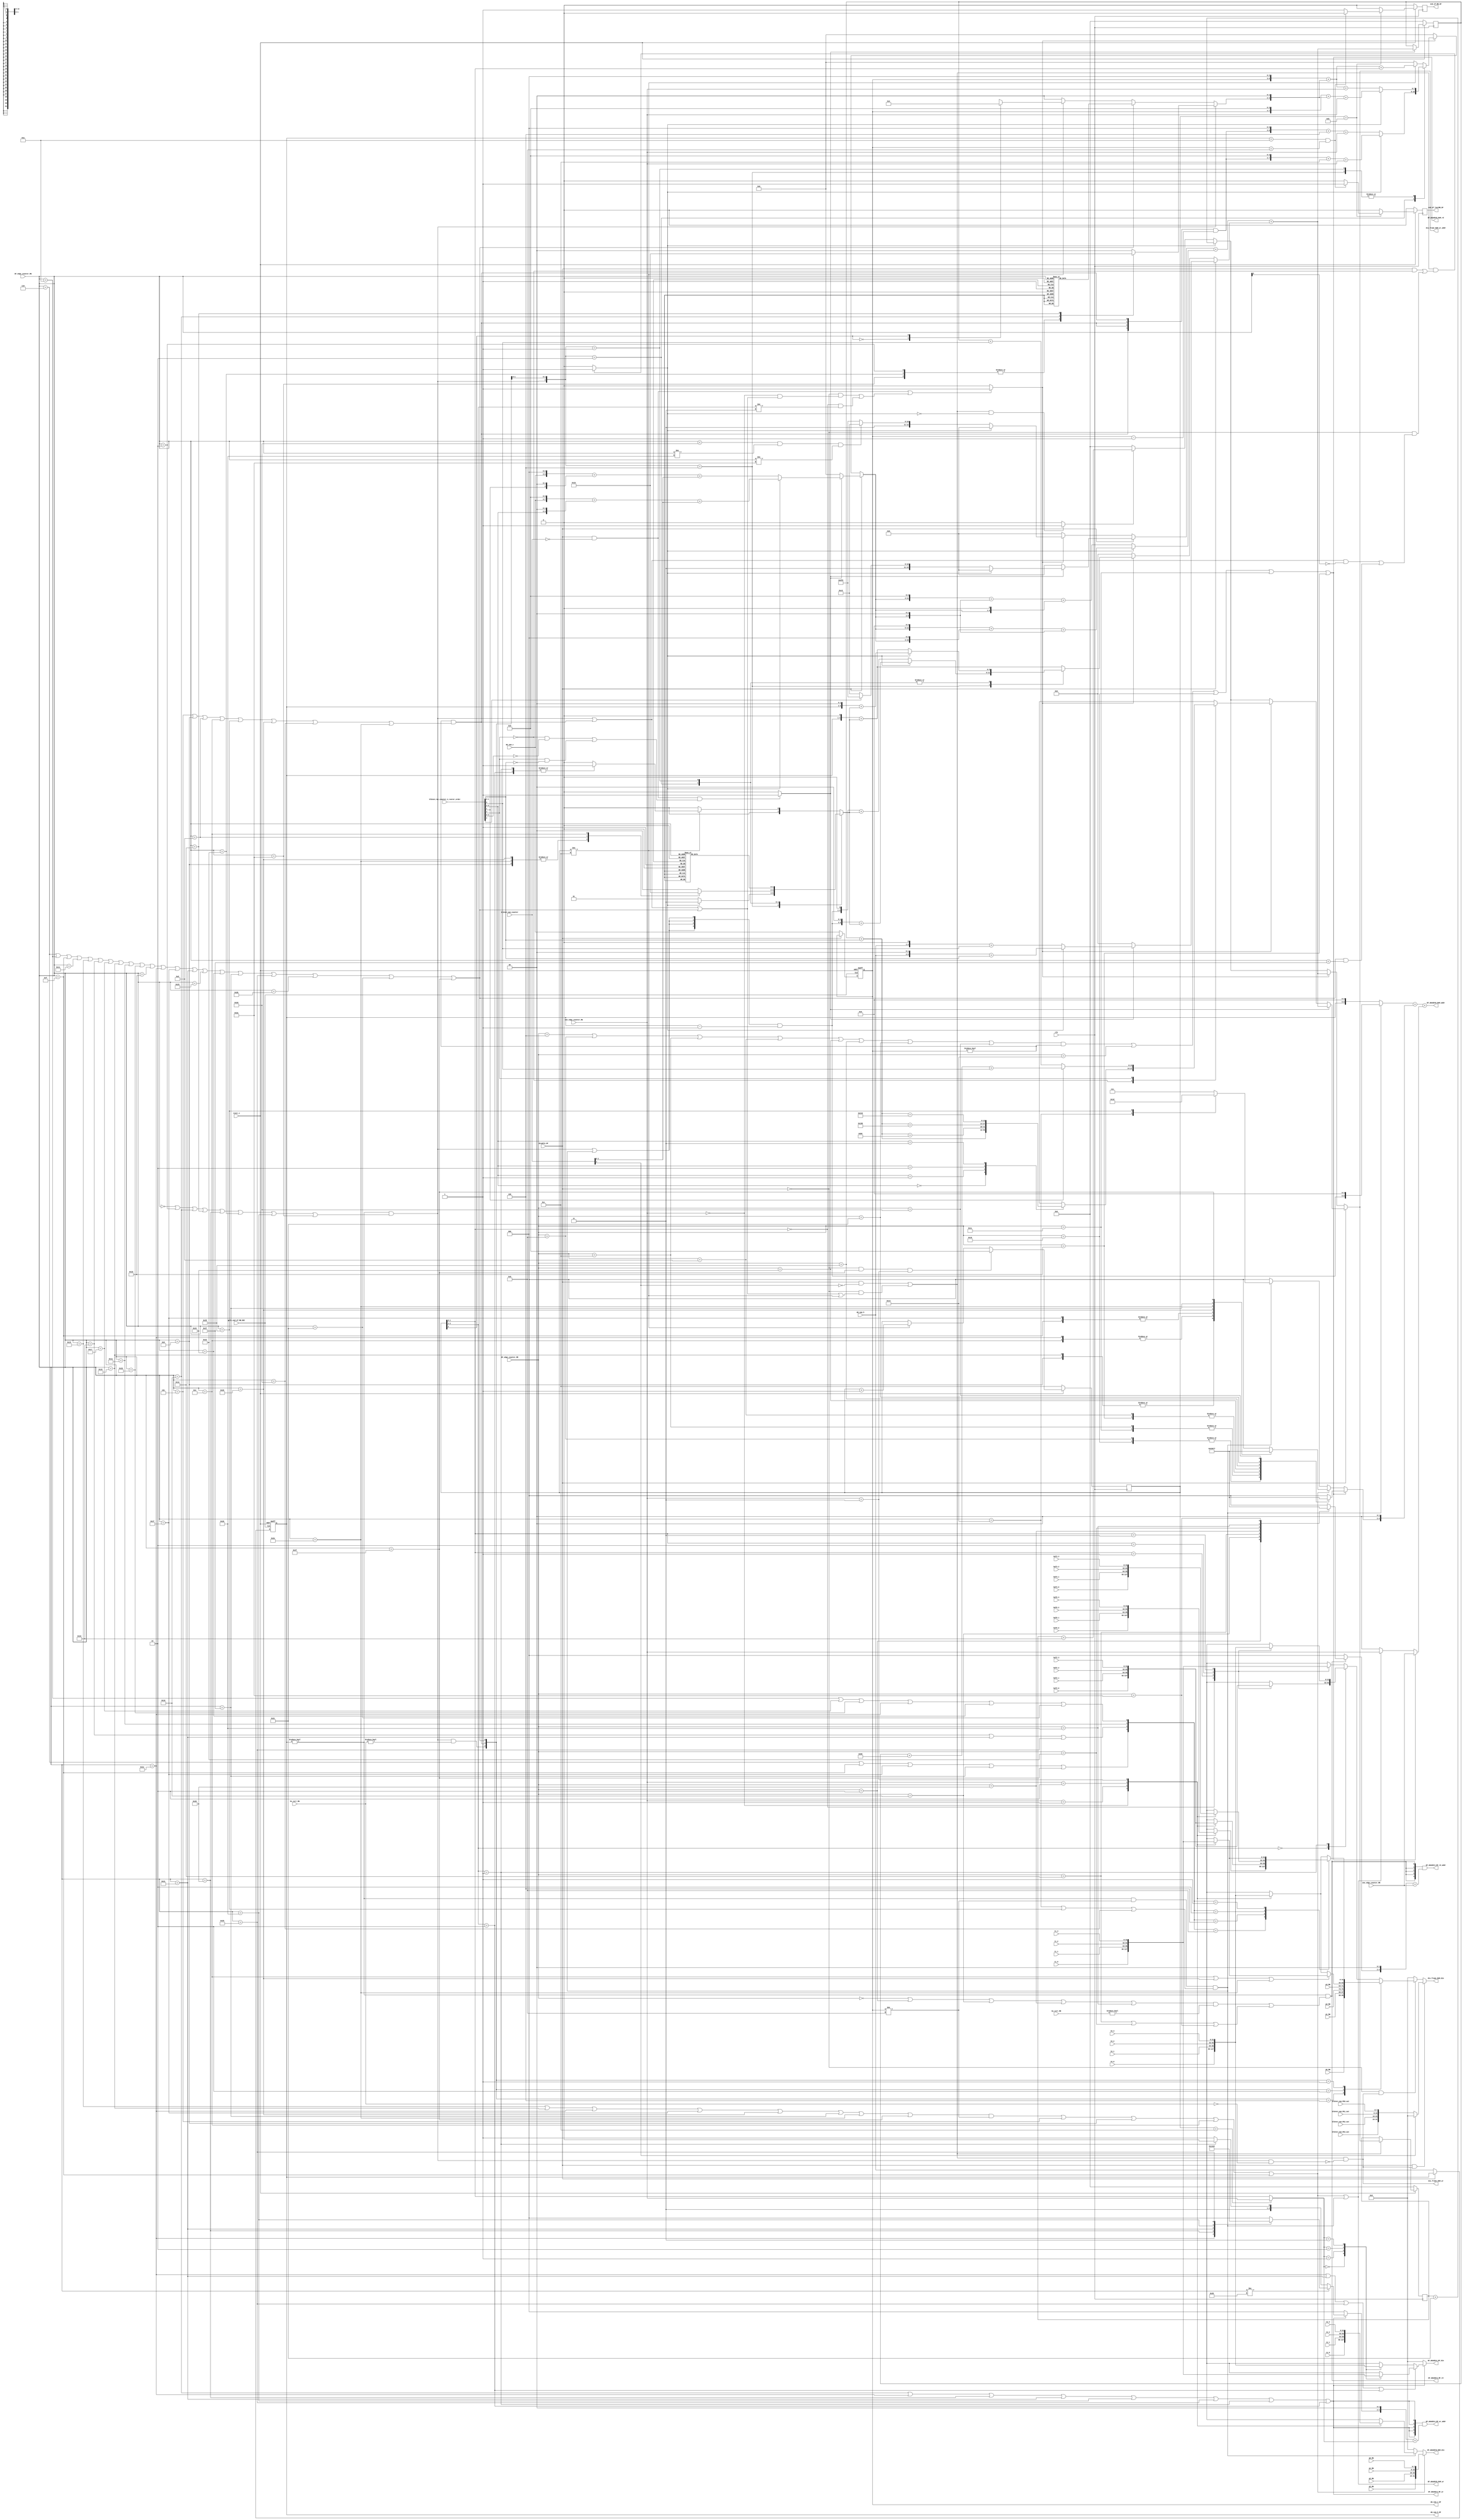
module DF_mem_ctrl (clk,reset_n,gclk_end_of_MB_DEC,disable_DF,mb_num_h,mb_num_v,
	bs_curr_MR,bs_curr_MW,blk4x4_sum_counter,blk4x4_rec_counter_2_raster_order,
	DF_edge_counter_MR,DF_edge_counter_MW,one_edge_counter_MR,one_edge_counter_MW,
	blk4x4_sum_PE0_out,blk4x4_sum_PE1_out,blk4x4_sum_PE2_out,blk4x4_sum_PE3_out,
	p3_MW,p2_MW,p1_MW,p0_MW,q3_MW,q2_MW,q1_MW,q0_MW,
	buf0_0,buf0_1,buf0_2,buf0_3,
	buf2_0,buf2_1,buf2_2,buf2_3,buf3_0,buf3_1,buf3_2,buf3_3,
	t0_0,t0_1,t0_2,t0_3,t1_0,t1_1,t1_2,t1_3,t2_0,t2_1,t2_2,t2_3,
	
	mb_num_h_DF,mb_num_v_DF,end_of_MB_DF,end_of_lastMB_DF,
	DF_mbAddrA_RF_rd,DF_mbAddrA_RF_wr,DF_mbAddrA_RF_rd_addr,DF_mbAddrA_RF_wr_addr,DF_mbAddrA_RF_din,
	DF_mbAddrB_RAM_rd,DF_mbAddrB_RAM_wr,DF_mbAddrB_RAM_addr,DF_mbAddrB_RAM_din,
	dis_frame_RAM_wr,dis_frame_RAM_wr_addr,dis_frame_RAM_din);
	input clk,reset_n;
	input disable_DF;
	input gclk_end_of_MB_DEC;
	input [3:0] mb_num_h;
	input [3:0] mb_num_v;
	input [2:0] bs_curr_MR,bs_curr_MW;
	input [2:0] blk4x4_sum_counter;
	input [4:0] blk4x4_rec_counter_2_raster_order;
	input [5:0] DF_edge_counter_MR,DF_edge_counter_MW;
	input [1:0]	one_edge_counter_MR,one_edge_counter_MW;
	input [7:0] blk4x4_sum_PE0_out,blk4x4_sum_PE1_out,blk4x4_sum_PE2_out,blk4x4_sum_PE3_out;
	input [7:0] p3_MW,p2_MW,p1_MW,p0_MW;
	input [7:0] q3_MW,q2_MW,q1_MW,q0_MW;
	input [31:0] buf0_0,buf0_1,buf0_2,buf0_3;
	input [31:0] buf2_0,buf2_1,buf2_2,buf2_3;
	input [31:0] buf3_0,buf3_1,buf3_2,buf3_3;
	input [31:0] t0_0,t0_1,t0_2,t0_3;
	input [31:0] t1_0,t1_1,t1_2,t1_3;
	input [31:0] t2_0,t2_1,t2_2,t2_3;
	
	output [3:0] mb_num_h_DF;
	output [3:0] mb_num_v_DF;
	output end_of_MB_DF; 
	output end_of_lastMB_DF;
	output DF_mbAddrA_RF_rd;
	output DF_mbAddrA_RF_wr;
	output [4:0] DF_mbAddrA_RF_rd_addr;
	output [4:0] DF_mbAddrA_RF_wr_addr;
	output [31:0] DF_mbAddrA_RF_din;
	
	output DF_mbAddrB_RAM_rd;
	output DF_mbAddrB_RAM_wr;
	output [8:0] DF_mbAddrB_RAM_addr;
	output [31:0] DF_mbAddrB_RAM_din;
	
	output dis_frame_RAM_wr;
	output [13:0] dis_frame_RAM_wr_addr;
	output [31:0] dis_frame_RAM_din;
	
	wire Is_mbAddrA_wr;
	wire Is_mbAddrA_real_wr;
	wire Is_mbAddrA_virtual_wr;
	wire Is_mbAddrB_wr;
	wire Is_currMB_wr;
	wire Is_12cycles_wr;
	wire dis_frame_RAM_wr_tmp;
	
	reg [3:0] mb_num_h_DF;
	reg [3:0] mb_num_v_DF;
	always @ (posedge gclk_end_of_MB_DEC or negedge reset_n)
		if (reset_n == 1'b0)
			begin	mb_num_h_DF <= 0;			mb_num_v_DF <= 0;			end
		else if (!disable_DF)
			begin	mb_num_h_DF <= mb_num_h;	mb_num_v_DF <= mb_num_v;	end
		
	
	reg [3:0] DF_12_cycles; 
	always @ (posedge clk)
		if (reset_n == 1'b0)
			DF_12_cycles <= 4'd12;
		else if (!disable_DF && DF_edge_counter_MW == 6'd47 && one_edge_counter_MW == 2'd3)
			DF_12_cycles <= 0;
		else if (DF_12_cycles != 4'd12)
			DF_12_cycles <= DF_12_cycles + 1;
	
	reg end_of_MB_DF;
	reg end_of_lastMB_DF;//end of MB_DF of 98th MB of one frame.Does not need to rise MB_rec_DF_align since there is only
                       //DF and no reconstruction.So dispart end_of_lastMB_DF from end_of_MB_DF
							
	always @ (posedge clk)
		if (reset_n == 1'b0)
			begin
				end_of_MB_DF 	 <= 1'b0;
				end_of_lastMB_DF <= 1'b0;
			end	
		else if (DF_12_cycles == 4'd11)
			begin
				end_of_MB_DF 	   <= (!(mb_num_h_DF == 10 && mb_num_v_DF == 8))? 1'b1:1'b0;
				end_of_lastMB_DF <=   (mb_num_h_DF == 10 && mb_num_v_DF == 8)?  1'b1:1'b0;
			end
		else
			begin
				end_of_MB_DF 	   <= 1'b0;
				end_of_lastMB_DF <= 1'b0;
			end
			
	wire [1:0] write_0to3_cycle; 
	assign write_0to3_cycle = (DF_12_cycles == 4'd12)? one_edge_counter_MW:DF_12_cycles[1:0];
	//-------------------------------------------------------------------
	//DF_mbAddrA_RF control
	//-------------------------------------------------------------------
	
	//For edge 18,34,42,it will update mbAddrB of left MB.So no matter bs_curr_MR is equal to 0 or not,
	//mbAddrA should be read out for writing to mbAddrB of left MB.Otherwise,the value written to left
	//mbAddrB will be a wrong value.
	assign DF_mbAddrA_RF_rd = (mb_num_h_DF != 0 && (((
	DF_edge_counter_MR == 6'd0  || DF_edge_counter_MR == 6'd2  || DF_edge_counter_MR == 6'd16 || 
	DF_edge_counter_MR == 6'd32 || DF_edge_counter_MR == 6'd40) && bs_curr_MR != 0) || (
	DF_edge_counter_MR == 6'd18 || DF_edge_counter_MR == 6'd34 || DF_edge_counter_MR == 6'd42)));
	
	assign DF_mbAddrA_RF_wr = 	  (DF_edge_counter_MW == 6'd16 || DF_edge_counter_MW == 6'd30 ||
	DF_edge_counter_MW == 6'd32 || DF_edge_counter_MW == 6'd33 || DF_edge_counter_MW == 6'd40 ||
	DF_edge_counter_MW == 6'd41 || DF_12_cycles[3:2] == 2'b01  || DF_12_cycles[3:2] == 2'b10);
	//DF_mbAddrA_RF_rd_addr
	reg [2:0] DF_mbAddrA_RF_rd_addr_blk4x4;
	always @ (DF_mbAddrA_RF_rd or DF_edge_counter_MR)
		if (DF_mbAddrA_RF_rd)
			case (DF_edge_counter_MR)
				6'd0 :DF_mbAddrA_RF_rd_addr_blk4x4 <= 3'd0;	//mbAddrA0
				6'd2 :DF_mbAddrA_RF_rd_addr_blk4x4 <= 3'd1;	//mbAddrA1
				6'd16:DF_mbAddrA_RF_rd_addr_blk4x4 <= 3'd2;	//mbAddrA2
				6'd18:DF_mbAddrA_RF_rd_addr_blk4x4 <= 3'd3;	//mbAddrA3
				6'd32:DF_mbAddrA_RF_rd_addr_blk4x4 <= 3'd4;	//mbAddrA4
				6'd34:DF_mbAddrA_RF_rd_addr_blk4x4 <= 3'd5;	//mbAddrA5
				6'd40:DF_mbAddrA_RF_rd_addr_blk4x4 <= 3'd6;	//mbAddrA6
				6'd42:DF_mbAddrA_RF_rd_addr_blk4x4 <= 3'd7;	//mbAddrA7
				default:DF_mbAddrA_RF_rd_addr_blk4x4 <= 0;
			endcase
		else
			DF_mbAddrA_RF_rd_addr_blk4x4 <= 0;
	assign DF_mbAddrA_RF_rd_addr = {5{DF_mbAddrA_RF_rd}} & 
									({DF_mbAddrA_RF_rd_addr_blk4x4,2'b0} + one_edge_counter_MR); 
	//DF_mbAddrA_RF_wr_addr
	reg [2:0] DF_mbAddrA_RF_wr_addr_blk4x4;
	always @ (DF_mbAddrA_RF_wr or DF_edge_counter_MW or DF_12_cycles[3:2])
		if (DF_mbAddrA_RF_wr)
			begin
				if (DF_edge_counter_MW != 6'd48)
					case (DF_edge_counter_MW)
						6'd16:DF_mbAddrA_RF_wr_addr_blk4x4 <= 3'd0;	//mbAddrA0
						6'd30:DF_mbAddrA_RF_wr_addr_blk4x4 <= 3'd1;	//mbAddrA1
						6'd32:DF_mbAddrA_RF_wr_addr_blk4x4 <= 3'd2;	//mbAddrA2
						6'd33:DF_mbAddrA_RF_wr_addr_blk4x4 <= 3'd3;	//mbAddrA3
						6'd40:DF_mbAddrA_RF_wr_addr_blk4x4 <= 3'd4;	//mbAddrA4
						6'd41:DF_mbAddrA_RF_wr_addr_blk4x4 <= 3'd5;	//mbAddrA5
						default:DF_mbAddrA_RF_wr_addr_blk4x4 <= 0;
					endcase
				else if (DF_12_cycles[3:2] == 2'b01)
					DF_mbAddrA_RF_wr_addr_blk4x4 <= 3'd6;
				else
					DF_mbAddrA_RF_wr_addr_blk4x4 <= 3'd7;
			end
		else
			DF_mbAddrA_RF_wr_addr_blk4x4 <= 0;
				
	assign DF_mbAddrA_RF_wr_addr = {5{DF_mbAddrA_RF_wr}} & 
									({DF_mbAddrA_RF_wr_addr_blk4x4,2'b0} + write_0to3_cycle); 
	
	//DF_mbAddrA_RF_din
	wire Is_mbAddrA_t1; 
	assign Is_mbAddrA_t1 = (DF_edge_counter_MW == 6'd30 || DF_edge_counter_MW == 6'd33 || 
							DF_edge_counter_MW == 6'd41 || DF_12_cycles[3:2] == 2'b10);
	
	reg [31:0] DF_mbAddrA_RF_din; 
	always @ (DF_mbAddrA_RF_wr or Is_mbAddrA_t1 or write_0to3_cycle or 
		t0_0 or t0_1 or t0_2 or t0_3 or t1_0 or t1_1 or t1_2 or t1_3)
		if (DF_mbAddrA_RF_wr)
			begin 
				if (Is_mbAddrA_t1)
					case (write_0to3_cycle)
						2'd0:DF_mbAddrA_RF_din <= t1_0;
						2'd1:DF_mbAddrA_RF_din <= t1_1;
						2'd2:DF_mbAddrA_RF_din <= t1_2;
						2'd3:DF_mbAddrA_RF_din <= t1_3;
					endcase
				else
					case (write_0to3_cycle)
						2'd0:DF_mbAddrA_RF_din <= t0_0;
						2'd1:DF_mbAddrA_RF_din <= t0_1;
						2'd2:DF_mbAddrA_RF_din <= t0_2;
						2'd3:DF_mbAddrA_RF_din <= t0_3;
					endcase
			end
		else
			DF_mbAddrA_RF_din <= 0;
	//-------------------------------------------------------------------
	//DF_mbAddrB_RAM control
	//-------------------------------------------------------------------
	assign DF_mbAddrB_RAM_rd = (((
	DF_edge_counter_MR == 6'd4  || DF_edge_counter_MR == 6'd8  || DF_edge_counter_MR == 6'd12 || 
	DF_edge_counter_MR == 6'd13	|| DF_edge_counter_MR == 6'd36 || DF_edge_counter_MR == 6'd37 || 
	DF_edge_counter_MR == 6'd44 || DF_edge_counter_MR == 6'd45) && mb_num_v_DF != 0) || 
	DF_edge_counter_MR == 6'd20 || DF_edge_counter_MR == 6'd24 || DF_edge_counter_MR == 6'd28 || 
	DF_edge_counter_MR == 6'd29); 
	
	wire DF_mbAddrB_RAM_wr_curr;
	assign DF_mbAddrB_RAM_wr_curr = (((
	DF_edge_counter_MW == 6'd21 || DF_edge_counter_MW == 6'd25 || DF_edge_counter_MW == 6'd30 || 
	DF_edge_counter_MW == 6'd31 || DF_edge_counter_MW == 6'd38 || DF_edge_counter_MW == 6'd39 || 
	DF_edge_counter_MW == 6'd46 || DF_edge_counter_MW == 6'd47) && mb_num_v_DF != 4'd8) || 
	DF_edge_counter_MW == 6'd5  || DF_edge_counter_MW == 6'd9  || DF_edge_counter_MW == 6'd14 || 
	DF_edge_counter_MW == 6'd15); 
	
	wire DF_mbAddrB_RAM_wr_leftMB;
	assign DF_mbAddrB_RAM_wr_leftMB = (mb_num_h_DF != 0 && mb_num_v_DF != 4'd8 && ( 
	DF_edge_counter_MW == 6'd20 || DF_edge_counter_MW == 6'd37 || DF_edge_counter_MW == 6'd45));
	
	assign DF_mbAddrB_RAM_wr = DF_mbAddrB_RAM_wr_curr | DF_mbAddrB_RAM_wr_leftMB;
	
	reg [2:0] DF_mbAddrB_RAM_addr_blk4x4;
	always @ (DF_mbAddrB_RAM_rd or DF_edge_counter_MR or DF_mbAddrB_RAM_wr_curr 
		or DF_mbAddrB_RAM_wr_leftMB or DF_edge_counter_MW)
		if (DF_mbAddrB_RAM_rd)
			case (DF_edge_counter_MR)
				6'd4, 6'd20:DF_mbAddrB_RAM_addr_blk4x4 <= 3'd0;
				6'd8, 6'd24:DF_mbAddrB_RAM_addr_blk4x4 <= 3'd1;
				6'd12,6'd28:DF_mbAddrB_RAM_addr_blk4x4 <= 3'd2;
				6'd13,6'd29:DF_mbAddrB_RAM_addr_blk4x4 <= 3'd3;
				6'd36	   :DF_mbAddrB_RAM_addr_blk4x4 <= 3'd4;
				6'd37	   :DF_mbAddrB_RAM_addr_blk4x4 <= 3'd5;
				6'd44	   :DF_mbAddrB_RAM_addr_blk4x4 <= 3'd6;
				6'd45	   :DF_mbAddrB_RAM_addr_blk4x4 <= 3'd7;
				default	   :DF_mbAddrB_RAM_addr_blk4x4 <= 0;
			endcase
		else if (DF_mbAddrB_RAM_wr_curr)
			case (DF_edge_counter_MW)
				6'd5, 6'd21:DF_mbAddrB_RAM_addr_blk4x4 <= 3'd0;
				6'd9, 6'd25:DF_mbAddrB_RAM_addr_blk4x4 <= 3'd1;
				6'd14,6'd30:DF_mbAddrB_RAM_addr_blk4x4 <= 3'd2;
				6'd15,6'd31:DF_mbAddrB_RAM_addr_blk4x4 <= 3'd3;
				6'd38	   :DF_mbAddrB_RAM_addr_blk4x4 <= 3'd4;
				6'd39	   :DF_mbAddrB_RAM_addr_blk4x4 <= 3'd5;
				6'd46	   :DF_mbAddrB_RAM_addr_blk4x4 <= 3'd6;
				6'd47	   :DF_mbAddrB_RAM_addr_blk4x4 <= 3'd7;
				default	   :DF_mbAddrB_RAM_addr_blk4x4 <= 0;
			endcase
		else if (DF_mbAddrB_RAM_wr_leftMB)
			case (DF_edge_counter_MW)
				6'd20:DF_mbAddrB_RAM_addr_blk4x4 <= 3'd3;
				6'd37:DF_mbAddrB_RAM_addr_blk4x4 <= 3'd5;
				default:DF_mbAddrB_RAM_addr_blk4x4 <= 3'd7;
			endcase
		else
			DF_mbAddrB_RAM_addr_blk4x4 <= 0;	
	
	reg [1:0] DF_mbAddrB_RAM_addr_offset;
	always @ (DF_mbAddrB_RAM_rd or one_edge_counter_MR or DF_mbAddrB_RAM_wr or one_edge_counter_MW)
		if 		  (DF_mbAddrB_RAM_rd)	DF_mbAddrB_RAM_addr_offset <= one_edge_counter_MR;
		else if (DF_mbAddrB_RAM_wr)	DF_mbAddrB_RAM_addr_offset <= one_edge_counter_MW;
		else						            DF_mbAddrB_RAM_addr_offset <= 0;
	
	wire [3:0] mb_num_h_DF_m1;
	assign mb_num_h_DF_m1 = {4{Is_mbAddrA_wr | DF_mbAddrB_RAM_wr_leftMB}} & (mb_num_h_DF - 1);
	
	wire [8:0] mb_num_h_DF_x32;
	assign mb_num_h_DF_x32 = (DF_mbAddrB_RAM_wr_leftMB)? {mb_num_h_DF_m1,5'b0}:{mb_num_h_DF,5'b0};
	assign DF_mbAddrB_RAM_addr = mb_num_h_DF_x32 + {DF_mbAddrB_RAM_addr_blk4x4,2'b0} + DF_mbAddrB_RAM_addr_offset;
	
	reg [31:0] DF_mbAddrB_RAM_din; 
	always @ (DF_mbAddrB_RAM_wr_curr or DF_mbAddrB_RAM_wr_leftMB or one_edge_counter_MW
		or q0_MW or q1_MW or q2_MW or q3_MW or t2_0 or t2_1 or t2_2 or t2_3)
		if (DF_mbAddrB_RAM_wr_curr)
			DF_mbAddrB_RAM_din <= {q3_MW,q2_MW,q1_MW,q0_MW};
		else if (DF_mbAddrB_RAM_wr_leftMB)
			case (one_edge_counter_MW)
				2'd0:DF_mbAddrB_RAM_din <= t2_0;
				2'd1:DF_mbAddrB_RAM_din <= t2_1;
				2'd2:DF_mbAddrB_RAM_din <= t2_2;
				2'd3:DF_mbAddrB_RAM_din <= t2_3;
			endcase
		else
			DF_mbAddrB_RAM_din <= 0;
	//-------------------------------------------------------------------
	//dis_frame_RAM write control
	//-------------------------------------------------------------------
	//dis_frame_RAM_wr
	assign Is_mbAddrA_wr = (mb_num_h_DF != 0 && (
	DF_edge_counter_MW == 6'd0  || DF_edge_counter_MW == 6'd2  || DF_edge_counter_MW == 6'd16 ||
	DF_edge_counter_MW == 6'd18 || DF_edge_counter_MW == 6'd32 || DF_edge_counter_MW == 6'd34 ||
	DF_edge_counter_MW == 6'd40 || DF_edge_counter_MW == 6'd42));
	assign Is_mbAddrA_real_wr    = (Is_mbAddrA_wr && bs_curr_MW != 0);
	assign Is_mbAddrA_virtual_wr = (Is_mbAddrA_wr && bs_curr_MW == 0);
	
	assign Is_mbAddrB_wr = (mb_num_v_DF != 0 && (
	DF_edge_counter_MW == 6'd5  || DF_edge_counter_MW == 6'd9  || DF_edge_counter_MW == 6'd13 ||
	DF_edge_counter_MW == 6'd14 || DF_edge_counter_MW == 6'd37 || DF_edge_counter_MW == 6'd38 || 
	DF_edge_counter_MW == 6'd45 || DF_edge_counter_MW == 6'd46));
	assign Is_currMB_wr = ((
	DF_edge_counter_MW == 6'd6  || DF_edge_counter_MW == 6'd10 || DF_edge_counter_MW == 6'd15 ||
	DF_edge_counter_MW == 6'd17 || DF_edge_counter_MW == 6'd21 || DF_edge_counter_MW == 6'd22 ||
	DF_edge_counter_MW == 6'd23 || DF_edge_counter_MW == 6'd25 || DF_edge_counter_MW == 6'd26 ||
	DF_edge_counter_MW == 6'd27 || DF_edge_counter_MW == 6'd29 || DF_edge_counter_MW == 6'd30 || 
	DF_edge_counter_MW == 6'd31 || DF_edge_counter_MW == 6'd33 || DF_edge_counter_MW == 6'd35 ||
	DF_edge_counter_MW == 6'd36 || DF_edge_counter_MW == 6'd39 || DF_edge_counter_MW == 6'd41 || 
	DF_edge_counter_MW == 6'd43 || DF_edge_counter_MW == 6'd44 || DF_edge_counter_MW == 6'd47) &&
	one_edge_counter_MW != 3'd4);
	assign Is_12cycles_wr = (DF_12_cycles != 4'd12); 
	
	assign dis_frame_RAM_wr_tmp = 
	( disable_DF && blk4x4_sum_counter[2] != 1'b1) || 
	(!disable_DF && (Is_mbAddrA_wr || Is_mbAddrB_wr || Is_currMB_wr || Is_12cycles_wr));
	assign dis_frame_RAM_wr = (dis_frame_RAM_wr_tmp & (~Is_mbAddrA_virtual_wr));
	
	wire Is_luma_wr;
	wire Is_chroma_wr;
	wire Is_1st_cycle_wr;	//if it is the position of first line of a 4x4 block,for both DF disable & enable 
	wire Is_MB_LeftTop_wr;	//if it is the position of most left-top for a whole MB,only for DF is disabled
	assign Is_luma_wr = (dis_frame_RAM_wr_tmp && (
	(disable_DF  && blk4x4_rec_counter_2_raster_order[4] == 1'b0) || 
	(!disable_DF && (((Is_mbAddrA_wr || Is_mbAddrB_wr) && !DF_edge_counter_MW[5]) ||
					 (Is_currMB_wr && DF_edge_counter_MW < 6'd39)))))? 1'b1:1'b0;
	
	assign Is_chroma_wr = (dis_frame_RAM_wr_tmp && !Is_luma_wr)? 1'b1:1'b0;
	
	assign Is_1st_cycle_wr = (
	( disable_DF && blk4x4_sum_counter == 0) || 
	(!disable_DF && (one_edge_counter_MW == 0 && (Is_mbAddrA_wr || Is_mbAddrB_wr || Is_currMB_wr)) || 
	(DF_12_cycles[1:0] == 2'b00 && DF_12_cycles[3:2] != 2'b11)))? 1'b1:1'b0;
	
	assign Is_MB_LeftTop_wr = (disable_DF && blk4x4_sum_counter == 0 && ( 
	(blk4x4_rec_counter_2_raster_order[4] == 1'b0 && blk4x4_rec_counter_2_raster_order[3:0] == 4'b0) || 
	(blk4x4_rec_counter_2_raster_order[4] == 1'b1 && blk4x4_rec_counter_2_raster_order[1:0] == 2'b0))) ? 1'b1:1'b0;
	
	//---------------------------------------------------------------------------------
	// dis_frame_RAM_wr_addr_base
	// Only updated at first write cycle(during 2,3,4 write cycle,it remains unchanged)
	// Luma:0	Cb:6336		Cr:7920
	//---------------------------------------------------------------------------------
	reg [12:0] dis_frame_RAM_wr_addr_base;
	always @ (disable_DF or Is_MB_LeftTop_wr or Is_1st_cycle_wr or Is_luma_wr or Is_12cycles_wr
		or blk4x4_rec_counter_2_raster_order[2] or DF_edge_counter_MW)
		if (disable_DF)
			begin
				if (Is_MB_LeftTop_wr)
					begin
						if (Is_luma_wr)											//luma			
							dis_frame_RAM_wr_addr_base <= 13'd0;
						else if (blk4x4_rec_counter_2_raster_order[2] == 1'b0)	//Cb
							dis_frame_RAM_wr_addr_base <= 13'd6336;
						else													//Cr
							dis_frame_RAM_wr_addr_base <= 13'd7920;
					end
				else
					dis_frame_RAM_wr_addr_base <= 13'd0;
			end
		else
			begin
				if (Is_1st_cycle_wr)	//update only @ 1st write cycle
					begin
						if (Is_luma_wr)								//luma	
							dis_frame_RAM_wr_addr_base <= 13'd0;
						else if (DF_edge_counter_MW < 6'd45 && DF_edge_counter_MW != 40 && DF_edge_counter_MW != 42) //Cb
							dis_frame_RAM_wr_addr_base <= 13'd6336;	
						else										//Cr
							dis_frame_RAM_wr_addr_base <= 13'd7920;
					end
				else
					dis_frame_RAM_wr_addr_base <= 0;
			end
	//---------------------------------------------------------------------------------
	// dis_frame_RAM_wr_addr_x
	// Only updated at first write cycle(during 2,3,4 write cycle,it remains unchanged)
	// x position inside a frame,since every 4 horizontal pixels have been combined as 
	// a single 32bit word,thus 0 ~ 43 for luma and 0 ~ 21 for chroma
	//---------------------------------------------------------------------------------
	wire [3:0] mb_num_v_DF_m1; 
	assign mb_num_v_DF_m1 = {4{Is_mbAddrB_wr}} & (mb_num_v_DF - 1);				 
	
	reg [1:0] blk4x4_xoffset;	//0 ~ 3,xoffset for blk4x4 inside a MB 
	always @ (Is_luma_wr or Is_mbAddrA_wr or Is_mbAddrB_wr or Is_currMB_wr or DF_12_cycles or DF_edge_counter_MW)
		case ({Is_mbAddrA_wr,Is_mbAddrB_wr,Is_currMB_wr})
			3'b100:	//Is_mbAddrA_wr
			if (Is_luma_wr)	blk4x4_xoffset <= 2'd3;
			else			blk4x4_xoffset <= 2'd1;
			3'b010:	//Is_mbAddrB_wr
			case (DF_edge_counter_MW)
				6'd5,6'd37,6'd45:blk4x4_xoffset <= 2'd0;
				6'd9,6'd38,6'd46:blk4x4_xoffset <= 2'd1;
				6'd13			:blk4x4_xoffset <= 2'd2;
				6'd14			:blk4x4_xoffset <= 2'd3;
				default			:blk4x4_xoffset <= 0;
			endcase
			3'b001:	//Is_currMB_wr
			case (DF_edge_counter_MW)
				//6'd6,6'd21,6'd23,6'd22,6'd39,6'd41,6'd47:blk4x4_xoffset <= 0;
				6'd10,6'd25,6'd27,6'd26,6'd43,6'd44	:blk4x4_xoffset <= 2'd1;
				6'd15,6'd29,6'd31,6'd33				      :blk4x4_xoffset <= 2'd2;
				6'd17,6'd30,6'd35,6'd36				      :blk4x4_xoffset <= 2'd3;
				default								              :blk4x4_xoffset <= 0;
			endcase
			default:
			if (DF_12_cycles != 4'd12)
				case (DF_12_cycles[3:2])
					2'b00		    :blk4x4_xoffset <= 0;		//buf2 -> blk22
					2'b01,2'b10	:blk4x4_xoffset <= 2'd1;	//T0 -> blk21,T1 -> blk23
					default		  :blk4x4_xoffset <= 0;
				endcase
			else
				blk4x4_xoffset <= 0;
		endcase
	
	reg [5:0] dis_frame_RAM_wr_addr_x;
	
	always @ (disable_DF or Is_MB_LeftTop_wr or Is_1st_cycle_wr or Is_luma_wr or Is_mbAddrA_wr 
		or Is_mbAddrB_wr or Is_currMB_wr or blk4x4_rec_counter_2_raster_order[1:0]
		or mb_num_h or mb_num_h_DF_m1 or mb_num_h_DF or blk4x4_xoffset)
		if (disable_DF)
			begin
				if (Is_MB_LeftTop_wr)
					dis_frame_RAM_wr_addr_x	<= (Is_luma_wr)? ({mb_num_h,2'b0} 	  + blk4x4_rec_counter_2_raster_order[1:0]):({1'b0,mb_num_h,1'b0} + blk4x4_rec_counter_2_raster_order[0]);
				else
					dis_frame_RAM_wr_addr_x <= 0;
			end
		else
			begin
				if (Is_1st_cycle_wr)
					case ({Is_mbAddrA_wr,Is_mbAddrB_wr,Is_currMB_wr})
						3'b100:	//Is_mbAddrA_wr
						dis_frame_RAM_wr_addr_x	<= (Is_luma_wr)? ({mb_num_h_DF_m1,2'b0} + blk4x4_xoffset):({1'b0,mb_num_h_DF_m1,1'b0} + blk4x4_xoffset);
						3'b010,3'b001:	//Is_mbAddrB_wr,Is_currMB_wr
						dis_frame_RAM_wr_addr_x	<= (Is_luma_wr)? ({mb_num_h_DF,2'b0}    + blk4x4_xoffset):({1'b0,mb_num_h_DF,1'b0}    + blk4x4_xoffset);
						
						default:		//for DF_12_cycles != 4'd12
						dis_frame_RAM_wr_addr_x <= {1'b0,mb_num_h_DF,1'b0} + blk4x4_xoffset;
					endcase
				else
					dis_frame_RAM_wr_addr_x <= 0;
			end
	//---------------------------------------------------------------------------------
	// dis_frame_RAM_wr_addr_y
	// a)Only updated at first write cycle(during 2,3,4 write cycle,it remains unchanged)
	// b)For 2,3,4 write cycles,dis_frame_RAM_wr_addr is directly +44/+22 instead of 
	//   changing dis_frame_RAM_wr_addr_y
	// c)y addr increase 1 means +44 for luma or +22 for choma
	//---------------------------------------------------------------------------------		
	reg [1:0] blk4x4_yoffset;	//0 ~ 3,yoffset for blk4x4 inside a MB 		
	always @ (Is_mbAddrA_wr or Is_currMB_wr or DF_12_cycles or DF_edge_counter_MW)
		if (Is_mbAddrA_wr)
			case (DF_edge_counter_MW)
				6'd0,6'd32,6'd40:blk4x4_yoffset <= 2'd0;
				6'd2,6'd34,6'd42:blk4x4_yoffset <= 2'd1;
				6'd16			      :blk4x4_yoffset <= 2'd2;
				6'd18			      :blk4x4_yoffset <= 2'd3;
				default			    :blk4x4_yoffset <= 0;
			endcase
		else if (Is_currMB_wr)
			case (DF_edge_counter_MW)
				//6'd6,6'd10,6'd15,6'd17,6'd39,6'd43,6'd47:blk4x4_yoffset <= 0;
				6'd21,6'd25,6'd29,6'd30,6'd41,6'd44	:blk4x4_yoffset <= 2'd1;
				6'd23,6'd27,6'd31,6'd35				      :blk4x4_yoffset <= 2'd2;
				6'd22,6'd26,6'd33,6'd36             :blk4x4_yoffset <= 2'd3;
				default								              :blk4x4_yoffset <= 0;
			endcase
		else if (DF_12_cycles != 4'd12)
			case (DF_12_cycles[2])
				1'b0:blk4x4_yoffset <= 2'd1;	// 0 ~ 3:buf2->22; 8 ~ 11:T1->23
				1'b1:blk4x4_yoffset <= 0;		// 4 ~ 7:T0->21
			endcase	
		else
			blk4x4_yoffset <= 0;
	
	reg [7:0] dis_frame_RAM_wr_addr_y;	//y position inside a frame,0 ~ 143 for luma & 0 ~ 71 for chroma 
	always @ (disable_DF or Is_MB_LeftTop_wr or Is_1st_cycle_wr or Is_luma_wr 
		or Is_mbAddrA_wr or Is_mbAddrB_wr or Is_mbAddrB_wr or  Is_currMB_wr
		or blk4x4_sum_counter[1:0] or blk4x4_rec_counter_2_raster_order[4:1] 
		or mb_num_v	or mb_num_v_DF or mb_num_v_DF_m1
		or one_edge_counter_MW or blk4x4_yoffset or DF_12_cycles)
		if (disable_DF)
			begin
				if (Is_MB_LeftTop_wr)
					dis_frame_RAM_wr_addr_y <= (Is_luma_wr)?
					({mb_num_v,4'b0} 	  + {blk4x4_rec_counter_2_raster_order[3:2],2'b00} + blk4x4_sum_counter[1:0]):
					({1'b0,mb_num_v,3'b0} + {blk4x4_rec_counter_2_raster_order[1],  2'b00} + blk4x4_sum_counter[1:0]);
				else
					dis_frame_RAM_wr_addr_y <= 0;
			end
		else
			begin
				if (Is_1st_cycle_wr)
					case ({Is_mbAddrA_wr,Is_mbAddrB_wr,Is_currMB_wr})
						3'b100:	//Is_mbAddrA_wr
						dis_frame_RAM_wr_addr_y <= (Is_luma_wr)?			//luma or chroma
						(({mb_num_v_DF,4'b0}      + {2'b00,blk4x4_yoffset,2'b00}) + one_edge_counter_MW):
						(({1'b0,mb_num_v_DF,3'b0} + {2'b00,blk4x4_yoffset,2'b00}) + one_edge_counter_MW);
						3'b010:	//Is_mbAddrB_wr
						dis_frame_RAM_wr_addr_y <= (Is_luma_wr)?			//luma or chroma
						(({mb_num_v_DF_m1,4'b0}      + 4'd12) + one_edge_counter_MW):
						(({1'b0,mb_num_v_DF_m1,3'b0} + 4'd4 ) + one_edge_counter_MW);
						3'b001:	//Is_currMB_wr
						dis_frame_RAM_wr_addr_y <= (Is_luma_wr)?			//luma or chroma
						(({mb_num_v_DF,4'b0} 	  + {blk4x4_yoffset,2'b0}) + one_edge_counter_MW):
						(({1'b0,mb_num_v_DF,3'b0} + {blk4x4_yoffset,2'b0}) + one_edge_counter_MW);
						default:
						if (DF_12_cycles != 4'd12)
							dis_frame_RAM_wr_addr_y <= {mb_num_v_DF,3'b0} + {blk4x4_yoffset,2'b0} + DF_12_cycles[1:0];
						else
							dis_frame_RAM_wr_addr_y <= 0;
					endcase
				else
					dis_frame_RAM_wr_addr_y <= 0;
			end
	
	
	wire [12:0] dis_frame_RAM_wr_addr_y_ext;	//every "y" increase will increase 44(luma) or 22(chroma) for
												//dis_frame_RAM address
	
	assign dis_frame_RAM_wr_addr_y_ext =  (Is_luma_wr)?
			//luma,  x44 = x32 + x8 + x4
			(	  {dis_frame_RAM_wr_addr_y,5'b0} + {2'b0,dis_frame_RAM_wr_addr_y,3'b0} + {3'b0,dis_frame_RAM_wr_addr_y,2'b0}):
			//chroma,x22 = x16 + x4 + x2
			({1'b0,dis_frame_RAM_wr_addr_y,4'b0} + {3'b0,dis_frame_RAM_wr_addr_y,2'b0} + {4'b0,dis_frame_RAM_wr_addr_y,1'b0});
	
	wire [13:0] dis_frame_RAM_wr_addr_tmp;
	reg [13:0] dis_frame_RAM_wr_addr_LeftTop_reg;
	reg [13:0] dis_frame_RAM_wr_addr_reg;
	reg [13:0] dis_frame_RAM_wr_addr;
	
	assign dis_frame_RAM_wr_addr_tmp = dis_frame_RAM_wr_addr_base + dis_frame_RAM_wr_addr_y_ext + dis_frame_RAM_wr_addr_x;
	always @ (posedge clk)
		if (reset_n == 1'b0)
			dis_frame_RAM_wr_addr_LeftTop_reg <= 0;
		else if (Is_MB_LeftTop_wr)
			dis_frame_RAM_wr_addr_LeftTop_reg <= dis_frame_RAM_wr_addr_tmp;
	
	always @ (disable_DF or Is_MB_LeftTop_wr or Is_1st_cycle_wr or Is_luma_wr or Is_chroma_wr or dis_frame_RAM_wr_addr_tmp 
		or dis_frame_RAM_wr_addr_reg or blk4x4_rec_counter_2_raster_order or dis_frame_RAM_wr_addr_LeftTop_reg)
		if (disable_DF)
			begin
				if (Is_MB_LeftTop_wr)
					dis_frame_RAM_wr_addr <= dis_frame_RAM_wr_addr_tmp;
				else if (Is_1st_cycle_wr)
					case (blk4x4_rec_counter_2_raster_order[4])
						1'b0:
						case (blk4x4_rec_counter_2_raster_order[3:2])
							2'b00:dis_frame_RAM_wr_addr <= dis_frame_RAM_wr_addr_LeftTop_reg + blk4x4_rec_counter_2_raster_order[1:0];
							2'b01:dis_frame_RAM_wr_addr <= dis_frame_RAM_wr_addr_LeftTop_reg + blk4x4_rec_counter_2_raster_order[1:0] + 176;
							2'b10:dis_frame_RAM_wr_addr <= dis_frame_RAM_wr_addr_LeftTop_reg + blk4x4_rec_counter_2_raster_order[1:0] + 352;
							2'b11:dis_frame_RAM_wr_addr <= dis_frame_RAM_wr_addr_LeftTop_reg + blk4x4_rec_counter_2_raster_order[1:0] + 528;
						endcase
						1'b1:
						dis_frame_RAM_wr_addr <= (blk4x4_rec_counter_2_raster_order[1])?
						(dis_frame_RAM_wr_addr_LeftTop_reg + 88 + blk4x4_rec_counter_2_raster_order[0]):
						(dis_frame_RAM_wr_addr_LeftTop_reg + blk4x4_rec_counter_2_raster_order[0]);
					endcase
				else if (Is_luma_wr)
					dis_frame_RAM_wr_addr <= dis_frame_RAM_wr_addr_reg + 44;
				else if (Is_chroma_wr)
					dis_frame_RAM_wr_addr <= dis_frame_RAM_wr_addr_reg + 22;
				else
					dis_frame_RAM_wr_addr <= 0;
			end
		else
			begin
				if (Is_1st_cycle_wr)
					dis_frame_RAM_wr_addr <= dis_frame_RAM_wr_addr_tmp;
				else if (Is_luma_wr)
					dis_frame_RAM_wr_addr <= dis_frame_RAM_wr_addr_reg + 44;
				else if (Is_chroma_wr)
					dis_frame_RAM_wr_addr <= dis_frame_RAM_wr_addr_reg + 22;
				else
					dis_frame_RAM_wr_addr <= 0;	
			end
			
	always @ (posedge clk)
		if (reset_n == 1'b0)
			dis_frame_RAM_wr_addr_reg <= 0;
		else if (dis_frame_RAM_wr_tmp)
			dis_frame_RAM_wr_addr_reg <= dis_frame_RAM_wr_addr;

	//dis_frame_RAM_din
	wire Is_mbAddrB_t1;
	wire Is_currMB_buf0;
	wire Is_currMB_buf2;
	wire Is_currMB_buf3;
	wire Is_currMB_t1;
	assign Is_mbAddrB_t1  = (DF_edge_counter_MW == 6'd14 || DF_edge_counter_MW == 6'd38 || 
							 DF_edge_counter_MW == 6'd46);
	assign Is_currMB_buf0 = (DF_edge_counter_MW == 6'd6  || DF_edge_counter_MW == 6'd15 || 
							 DF_edge_counter_MW == 6'd31 || DF_edge_counter_MW == 6'd39 ||
							 DF_edge_counter_MW == 6'd47);
	assign Is_currMB_buf2 = (DF_edge_counter_MW == 6'd22 || DF_edge_counter_MW == 6'd33 || 
							 DF_edge_counter_MW == 6'd41);
	assign Is_currMB_buf3 = (DF_edge_counter_MW == 6'd26);
	assign Is_currMB_t1   = (DF_edge_counter_MW == 6'd10 || DF_edge_counter_MW == 6'd23 || 
							 DF_edge_counter_MW == 6'd27 || DF_edge_counter_MW == 6'd30 || 
							 DF_edge_counter_MW == 6'd36 || DF_edge_counter_MW == 6'd44); 
					
	reg [31:0] dis_frame_RAM_din; 
	always @ (disable_DF or dis_frame_RAM_wr or blk4x4_sum_counter or one_edge_counter_MW or 
		DF_12_cycles or Is_mbAddrA_real_wr or Is_mbAddrB_wr or Is_mbAddrB_t1 or Is_currMB_buf0 or 
		Is_currMB_buf2 or Is_currMB_buf3 or Is_currMB_t1 or Is_currMB_wr or 
		blk4x4_sum_PE0_out or blk4x4_sum_PE1_out or blk4x4_sum_PE2_out or blk4x4_sum_PE3_out or
		p0_MW or p1_MW or p2_MW or p3_MW or 
		buf0_0 or buf0_1 or buf0_2 or buf0_3 or  
		buf2_0 or buf2_1 or buf2_2 or buf2_3 or buf3_0 or buf3_1 or buf3_2 or buf3_3 or 
		t0_0 or t0_1 or t0_2 or t0_3 or t1_0 or t1_1 or t1_2 or t1_3)
		if (disable_DF && dis_frame_RAM_wr)
			begin
				if (blk4x4_sum_counter[2] == 1'b0)
					dis_frame_RAM_din <= {blk4x4_sum_PE3_out,blk4x4_sum_PE2_out,blk4x4_sum_PE1_out,blk4x4_sum_PE0_out};
				else
					dis_frame_RAM_din <= 0;
			end
		else if (!disable_DF && dis_frame_RAM_wr)
			case ({Is_mbAddrA_real_wr,Is_mbAddrB_wr,Is_currMB_wr})
				3'b100:	//Is_mbAddrA_wr
				dis_frame_RAM_din <= {p0_MW,p1_MW,p2_MW,p3_MW};
				3'b010:	//Is_mbAddrB_wr
				begin
					if (Is_mbAddrB_t1)		//T1 -> mbAddrB
						case (one_edge_counter_MW)
							2'd0:dis_frame_RAM_din <= t1_0;
							2'd1:dis_frame_RAM_din <= t1_1;
							2'd2:dis_frame_RAM_din <= t1_2;
							2'd3:dis_frame_RAM_din <= t1_3;
						endcase
					else 					//T0 -> mbAddrB
						case (one_edge_counter_MW)
							2'd0:dis_frame_RAM_din <= t0_0;
							2'd1:dis_frame_RAM_din <= t0_1;
							2'd2:dis_frame_RAM_din <= t0_2;
							2'd3:dis_frame_RAM_din <= t0_3;
						endcase
				end
				3'b001:	//Is_currMB_wr
				case ({Is_currMB_buf0,Is_currMB_buf2,Is_currMB_buf3,Is_currMB_t1})
					4'b1000:	//Is_currMB_buf0
					case (one_edge_counter_MW)
						2'd0:dis_frame_RAM_din <= buf0_0;
						2'd1:dis_frame_RAM_din <= buf0_1;
						2'd2:dis_frame_RAM_din <= buf0_2;
						2'd3:dis_frame_RAM_din <= buf0_3;
					endcase
					4'b0100:	//Is_currMB_buf2
					case (one_edge_counter_MW)
						2'd0:dis_frame_RAM_din <= buf2_0;
						2'd1:dis_frame_RAM_din <= buf2_1;
						2'd2:dis_frame_RAM_din <= buf2_2;
						2'd3:dis_frame_RAM_din <= buf2_3;
					endcase
					4'b0010:	//Is_currMB_buf3
					case (one_edge_counter_MW)
						2'd0:dis_frame_RAM_din <= buf3_0;
						2'd1:dis_frame_RAM_din <= buf3_1;
						2'd2:dis_frame_RAM_din <= buf3_2;
						2'd3:dis_frame_RAM_din <= buf3_3;
					endcase
					4'b0001:	//Is_currMB_t1
					case (one_edge_counter_MW)
						2'd0:dis_frame_RAM_din <= t1_0;
						2'd1:dis_frame_RAM_din <= t1_1;
						2'd2:dis_frame_RAM_din <= t1_2;
						2'd3:dis_frame_RAM_din <= t1_3;
					endcase
					default:	//Is_currMB_t0
					case (one_edge_counter_MW)
						2'd0:dis_frame_RAM_din <= t0_0;
						2'd1:dis_frame_RAM_din <= t0_1;
						2'd2:dis_frame_RAM_din <= t0_2;
						2'd3:dis_frame_RAM_din <= t0_3;
					endcase
				endcase
				default://additional 12 cycles
				case (DF_12_cycles[3:2])
					2'b00:	//0 ~ 3,buf2 -> blk22
					case (DF_12_cycles[1:0])
						2'd0:dis_frame_RAM_din <= buf2_0;
						2'd1:dis_frame_RAM_din <= buf2_1;
						2'd2:dis_frame_RAM_din <= buf2_2;
						2'd3:dis_frame_RAM_din <= buf2_3;
					endcase
					2'b01:	//4 ~ 7,T0	-> blk21
					case (DF_12_cycles[1:0])
						2'd0:dis_frame_RAM_din <= t0_0;
						2'd1:dis_frame_RAM_din <= t0_1;
						2'd2:dis_frame_RAM_din <= t0_2;
						2'd3:dis_frame_RAM_din <= t0_3;
					endcase
					default://8 ~ 11,T1 -> blk23
					case (DF_12_cycles[1:0])
						2'd0:dis_frame_RAM_din <= t1_0;
						2'd1:dis_frame_RAM_din <= t1_1;
						2'd2:dis_frame_RAM_din <= t1_2;
						2'd3:dis_frame_RAM_din <= t1_3;
					endcase
				endcase
			endcase
		else
			dis_frame_RAM_din <= 0;
endmodule